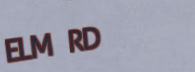
ELM RD